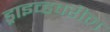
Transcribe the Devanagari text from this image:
ड्राइव्हवरील